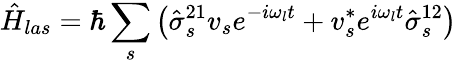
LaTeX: \hat{H}_{las}=\hbar\sum_{s}\left(\hat{\sigma}_{s}^{21}v_{s}e^{-i\omega_{l}t}+v_{s}^{*}e^{i\omega_{l}t}\hat{\sigma}_{s}^{12}\right)